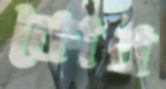
কোব